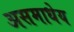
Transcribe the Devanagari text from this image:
असमाधेय